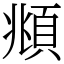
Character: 頫